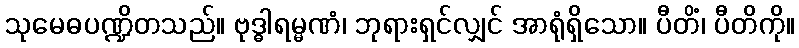
သုမေဓပဏ္ဍိတသည်။ ဗုဒ္ဓါရမ္မဏံ၊ ဘုရားရှင်လျှင် အာရုံရှိသော။ ပီတိံ၊ ပီတိကို။